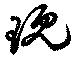
現